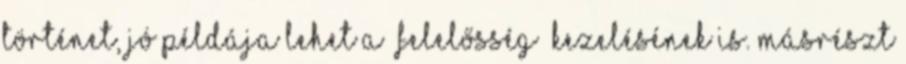
történet, jó példája lehet a „felelősség” kezelésének is. Másrészt